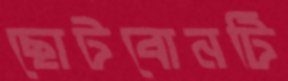
ছোটবোনটি